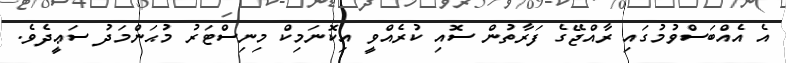
އެ އެއްބަސްވުމުގައި ރާއްޖޭގެ ފަރާތުން ސޮއި ކުރެއްވީ އިކޮނަމިކް މިނިސްޓަރު މުޙަންމަދު ސަޢީދެވެ.